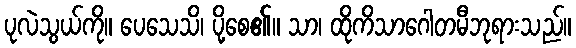
ပုလဲသွယ်ကို။ ပေသေသိ၊ ပို့စေ၏။ သာ၊ ထိုကိသာဂေါတမီဘုရားသည်။